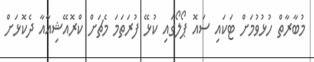
މުބާރާތް ހުޅުވުމަށް ޓަކައި ސައޮ ޕޯލޯގައި ކުޅޭ ފުރަތަމަ މެޗަށް ކްރޮއޭޝިއާއާ ދެކޮޅަށް